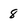
Character: 8